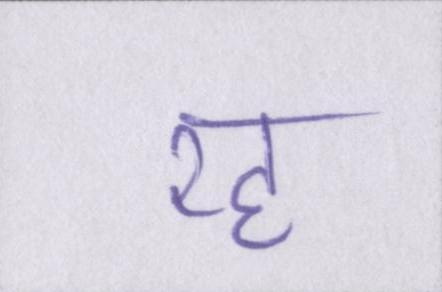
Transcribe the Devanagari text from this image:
रह